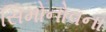
સિમોનોવના